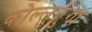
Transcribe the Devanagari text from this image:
कोल्लुतुंगा